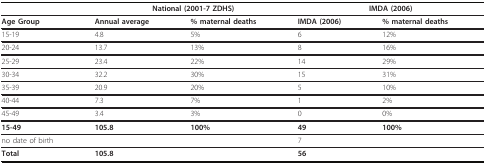
<table><thead><tr><td></td><td colspan="2"><b>National (2001-7 ZDHS)</b></td><td colspan="2"><b>IMDA (2006)</b></td></tr></thead><tbody><tr><td><b>Age Group</b></td><td><b>Annual average</b></td><td><b>% maternal deaths</b></td><td><b>IMDA (2006)</b></td><td><b>% maternal deaths</b></td></tr><tr><td>15-19</td><td>4.8</td><td>5%</td><td>6</td><td>12%</td></tr><tr><td>20-24</td><td>13.7</td><td>13%</td><td>8</td><td>16%</td></tr><tr><td>25-29</td><td>23.4</td><td>22%</td><td>14</td><td>29%</td></tr><tr><td>30-34</td><td>32.2</td><td>30%</td><td>15</td><td>31%</td></tr><tr><td>35-39</td><td>20.9</td><td>20%</td><td>5</td><td>10%</td></tr><tr><td>40-44</td><td>7.3</td><td>7%</td><td>1</td><td>2%</td></tr><tr><td>45-49</td><td>3.4</td><td>3%</td><td>0</td><td>0%</td></tr><tr><td><b>15-49</b></td><td><b>105.8</b></td><td><b>100%</b></td><td><b>49</b></td><td><b>100%</b></td></tr><tr><td>no date of birth</td><td></td><td></td><td>7</td><td></td></tr><tr><td><b>Total</b></td><td><b>105.8</b></td><td></td><td><b>56</b></td><td></td></tr></tbody></table>